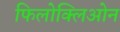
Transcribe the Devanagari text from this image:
फिलोक्लिओन